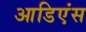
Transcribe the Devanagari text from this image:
आडिएंस